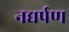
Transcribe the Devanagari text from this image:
नद्यर्पण